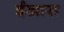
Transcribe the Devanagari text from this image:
ईखारा